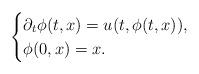
LaTeX: \begin{align*}\begin{cases}\partial_t \phi(t,x) = u(t,\phi(t,x)), \\\phi(0,x)=x.\end{cases}\end{align*}